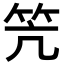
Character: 笐